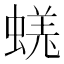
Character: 𧎉